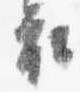
衣